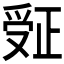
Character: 𬋮